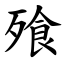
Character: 飱